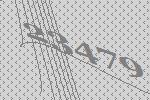
23479